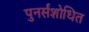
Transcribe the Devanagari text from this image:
पुनर्संशोधित